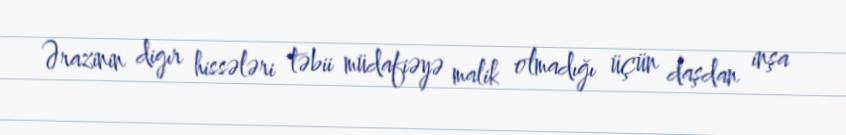
Ərazinin digır hissələri təbii müdafiəyə malik olmadığı üçün daşdan inşa